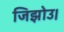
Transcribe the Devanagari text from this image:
जिझोउ।